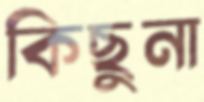
কিছুনা